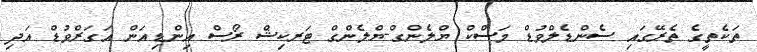
ތަކެތީގެ ތެރޭގައި ސެންޑެލްވުޑް މަސްކް ޔްލެންގް-ޔްލެންގް ޓަރކިޝް ރޯސް އިންޑިއަން އަގަރްވުޑް އަދި